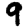
Digit: 9